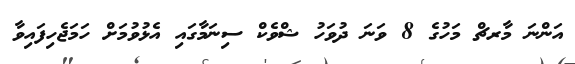
އަންނަ މާރޗް މަހުގެ 8 ވަނަ ދުވަހު ޝްވެކް ސިނަމާގައި އެޅުވުމަށް ހަމަޖެހިފައިވާ